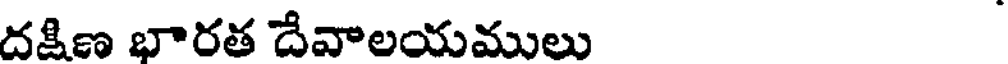
దక్షిణ భారత దేవాలయములు